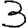
Digit: 3